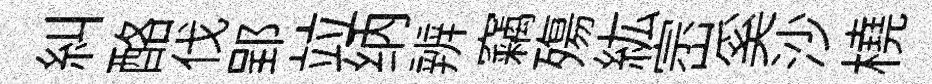
糾酪伐郢竝纳辨竊殤紘崈奚沙橈